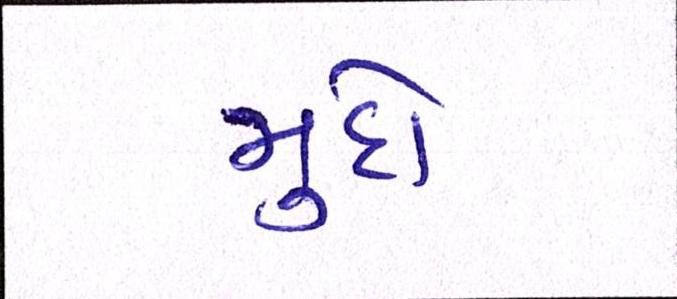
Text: મુદો